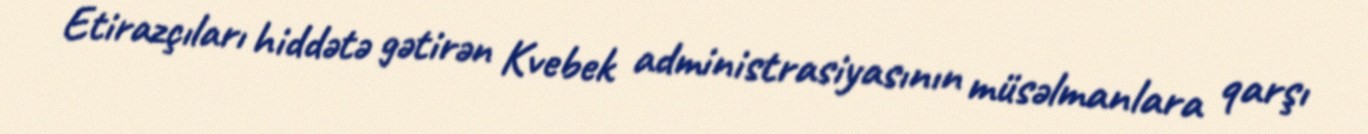
Etirazçıları hiddətə gətirən Kvebek administrasiyasının müsəlmanlara qarşı